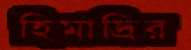
হিমাদ্রির